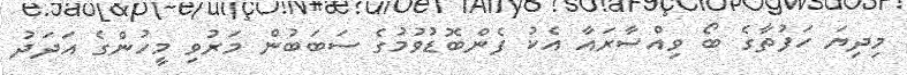
މިދިޔަ ހަފުތާގެ ބޯ ވިއްސާރައާ އެކު ފެންބޮޑުވުމުގެ ސަބަބުން މަރުވި މީހުންގެ އަދަދު